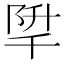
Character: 𨹱